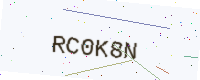
Text: RC0K8N